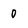
Character: 0